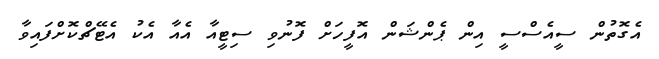
އެގޮތުން ސީއެސްސީ އިން ޕެންޝަން އޮފީހަށް ފޮނުވި ސިޓީއާ އެއާ އެކު އެޓޭޗްކޮށްފައިވާ